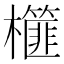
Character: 𣟢